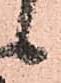
候